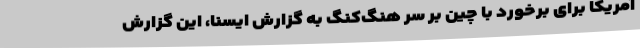
آمریکا برای برخورد با چین بر سر هنگ‌کنگ به گزارش ایسنا، این گزارش